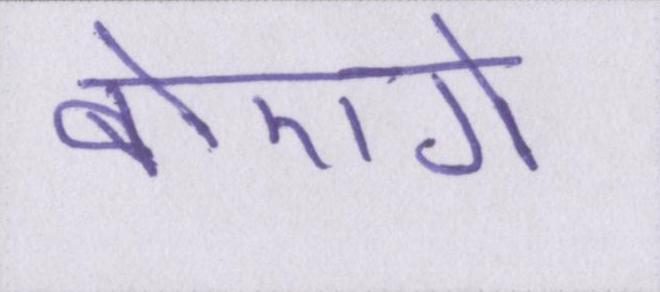
बोएगे